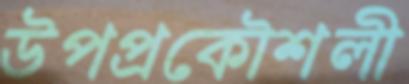
উপপ্রকৌশলী